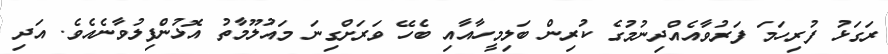
ރަގަޅު ފުރިހަމަ ފަރުވާއެއްދިނުމުގެ ކުރިން ބަލިމީހާއާއި ބެހޭ ވަރަށްގިނަ މައުލޫމާތު އޮޅުންފިލުވާނެއެވެ. އަދި